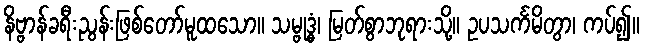
နိဗ္ဗာန်ခရီးညွန်းဖြစ်တော်မူထသော။ သမ္ဗုဒ္ဓံ၊ မြတ်စွာဘုရားသို့။ ဥပသင်္ကမိတွာ၊ ကပ်၍။